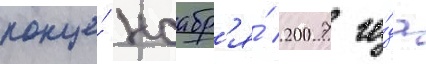
конце́ ноабр'я́ 2007 го́да